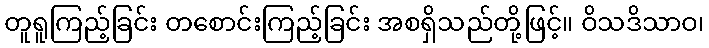
တူရူကြည့်ခြင်း တစောင်းကြည့်ခြင်း အစရှိသည်တို့ဖြင့်။ ဝိသဒိသာဝ၊